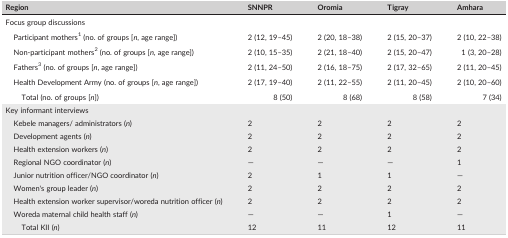
| Region | SNNPR | Oromia | Tigray | Amhara |
 | --- | --- | --- | --- | --- |
 | <COLSPAN=5> Focus group discussions |
 | Participant mothers1 (no. of groups [n, age range]) | 2 (12, 19–45) | 2 (20, 18–38) | 2 (15, 20–37) | 2 (10, 22–38) |
 | Non‐participant mothers2 (no. of groups [n, age range]) | 2 (10, 15–35) | 2 (21, 18–40) | 2 (15, 20–47) | 1 (3, 20–28) |
 | Fathers3 (no. of groups [n, age range]) | 2 (11, 24–50) | 2 (16, 18–75) | 2 (17, 32–65) | 2 (11, 20–45) |
 | Health Development Army (no. of groups [n, age range]) | 2 (17, 19–40) | 2 (11, 22–55) | 2 (11, 20–45) | 2 (10, 20–60) |
 | Total (no. of groups [n]) | 8 (50) | 8 (68) | 8 (58) | 7 (34) |
 | <COLSPAN=5> Key informant interviews |
 | Kebele managers/ administrators (n) | 2 | 2 | 2 | 2 |
 | Development agents (n) | 2 | 2 | 2 | 2 |
 | Health extension workers (n) | 2 | 2 | 2 | 2 |
 | Regional NGO coordinator (n) | — | — | — | 1 |
 | Junior nutrition officer/NGO coordinator (n) | 2 | 1 | 1 | — |
 | Women's group leader (n) | 2 | 2 | 2 | 2 |
 | Health extension worker supervisor/woreda nutrition officer (n) | 2 | 2 | 2 | 2 |
 | Woreda maternal child health staff (n) | — | — | 1 | — |
 | Total KII (n) | 12 | 11 | 12 | 11 |